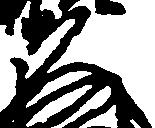
久